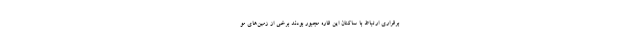
برقراری ارتباط با ساکنان این قاره مجبور بودند برخی از زمین‌های مو